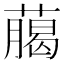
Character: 﨟